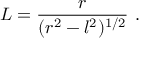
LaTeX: { \cal L } = \frac { r } { ( r ^ { 2 } - l ^ { 2 } ) ^ { 1 / 2 } } \ .